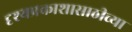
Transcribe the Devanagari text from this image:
दृश्यप्रकाशासाठीच्या